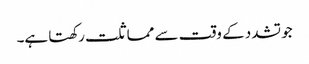
جو تشدد کے وقت سے مماثلت رکھتا ہے۔